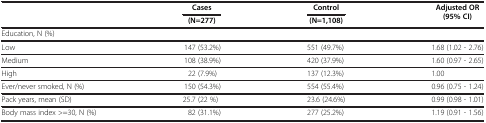
|  | Cases | Control | Adjusted OR (95% CI) |
 |  | (N=277) | (N=1,108) |  |
 | --- | --- | --- | --- |
 | Education, N (%) |  |  |  |
 | Low | 147 (53.2%) | 551 (49.7%) | 1.68 (1.02 - 2.76) |
 | Medium | 108 (38.9%) | 420 (37.9%) | 1.60 (0.97 - 2.65) |
 | High | 22 (7.9%) | 137 (12.3%) | 1.00 |
 | Ever/never smoked, N (%) | 150 (54.3%) | 554 (55.4%) | 0.96 (0.75 - 1.24) |
 | Pack years, mean (SD) | 25.7 (22 %) | 23.6 (24.6%) | 0.99 (0.98 - 1.01) |
 | Body mass index >=30, N (%) | 82 (31.1%) | 277 (25.2%) | 1.19 (0.91 - 1.56) |